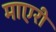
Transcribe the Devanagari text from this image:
माएरी